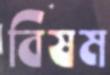
বিষম